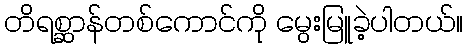
တိရစ္ဆာန်တစ်ကောင်ကို မွေးမြူခဲ့ပါတယ်။